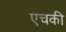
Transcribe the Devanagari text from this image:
एचकी